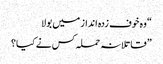
“ وہ خوف زدہ انداز میں بولا
” قاتلانہ حملہ کس نے کیا؟